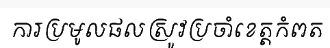
ការប្រមូលផលស្រូវប្រចាំខេត្តកំពត